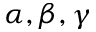
\alpha , \beta , \gamma